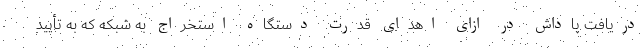
دریافت پاداش در ازای اهدای قدرت دستگاه استخراج به شبکه که به تأیید